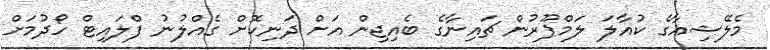
މެލޭޝިއާގެ ކުއާލަ ލަމްޕޫރުން ޗައިނާގެ ބެއިޖިން އަށް ދަނިކޮށް ގެއްލުނު ފްލައިޓް ހޯދުމަށް